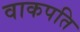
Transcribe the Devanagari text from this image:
वाकपति